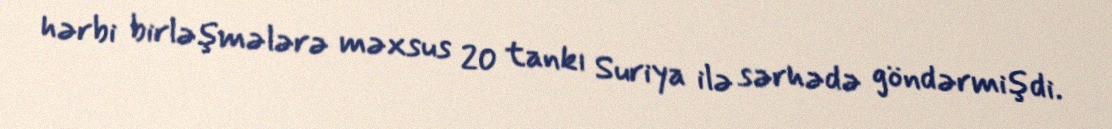
hərbi birləşmələrə məxsus 20 tankı Suriya ilə sərhədə göndərmişdi.